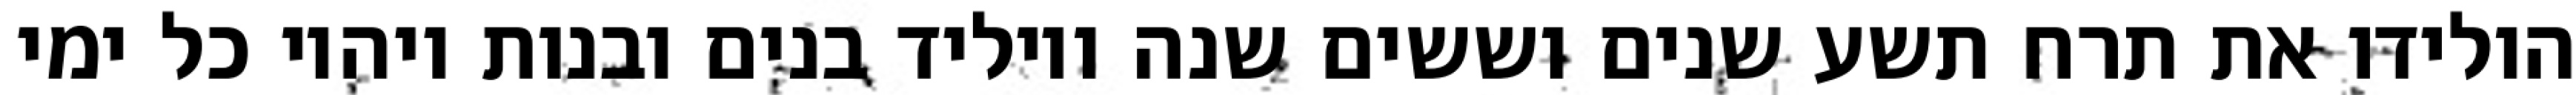
הולידו את תרח תשע שנים וששים שנה ויוליד בנים ובנות ויהיו כל ימי